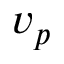
v _ { p }